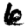
Digit: 6